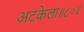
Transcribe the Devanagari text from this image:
अटकेला॥८०॥